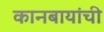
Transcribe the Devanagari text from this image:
कानबायांची